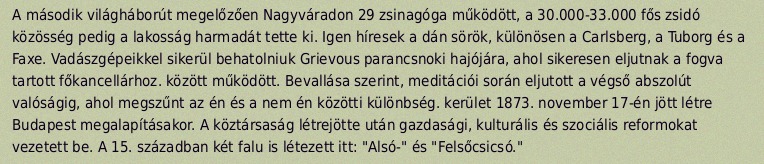
A második világháborút megelőzően Nagyváradon 29 zsinagóga működött, a 30.000-33.000 fős zsidó közösség pedig a lakosság harmadát tette ki. Igen híresek a dán sörök, különösen a Carlsberg, a Tuborg és a Faxe. Vadászgépeikkel sikerül behatolniuk Grievous parancsnoki hajójára, ahol sikeresen eljutnak a fogva tartott főkancellárhoz. között működött. Bevallása szerint, meditációi során eljutott a végső abszolút valóságig, ahol megszűnt az én és a nem én közötti különbség. kerület 1873. november 17-én jött létre Budapest megalapításakor. A köztársaság létrejötte után gazdasági, kulturális és szociális reformokat vezetett be. A 15. században két falu is létezett itt: "Alsó-" és "Felsőcsicsó."